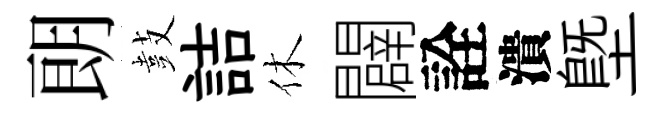
朗鼓詰休闢詮潰塈